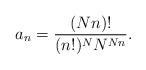
LaTeX: \begin{align*}a_n = \frac{(Nn)!}{(n!)^N N^{Nn}}.\end{align*}